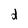
Character: d